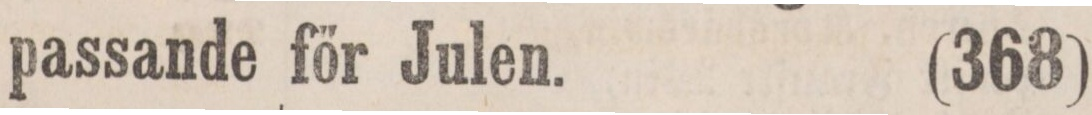
passande för Julen.    (368)